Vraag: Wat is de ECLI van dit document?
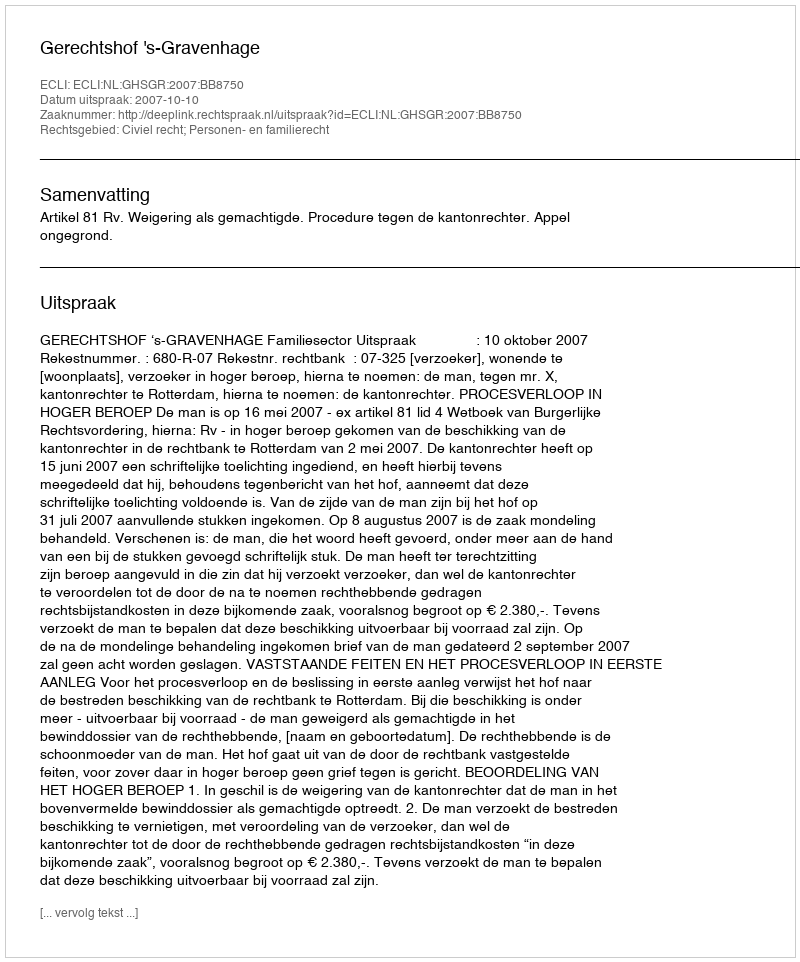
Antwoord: ECLI:NL:GHSGR:2007:BB8750